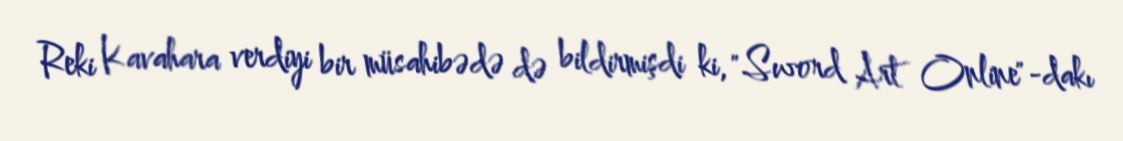
Reki Kavahara verdiyi bir müsahibədə də bildirmişdi ki, "Sword Art Online"-dakı